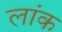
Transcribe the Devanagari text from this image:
लांक